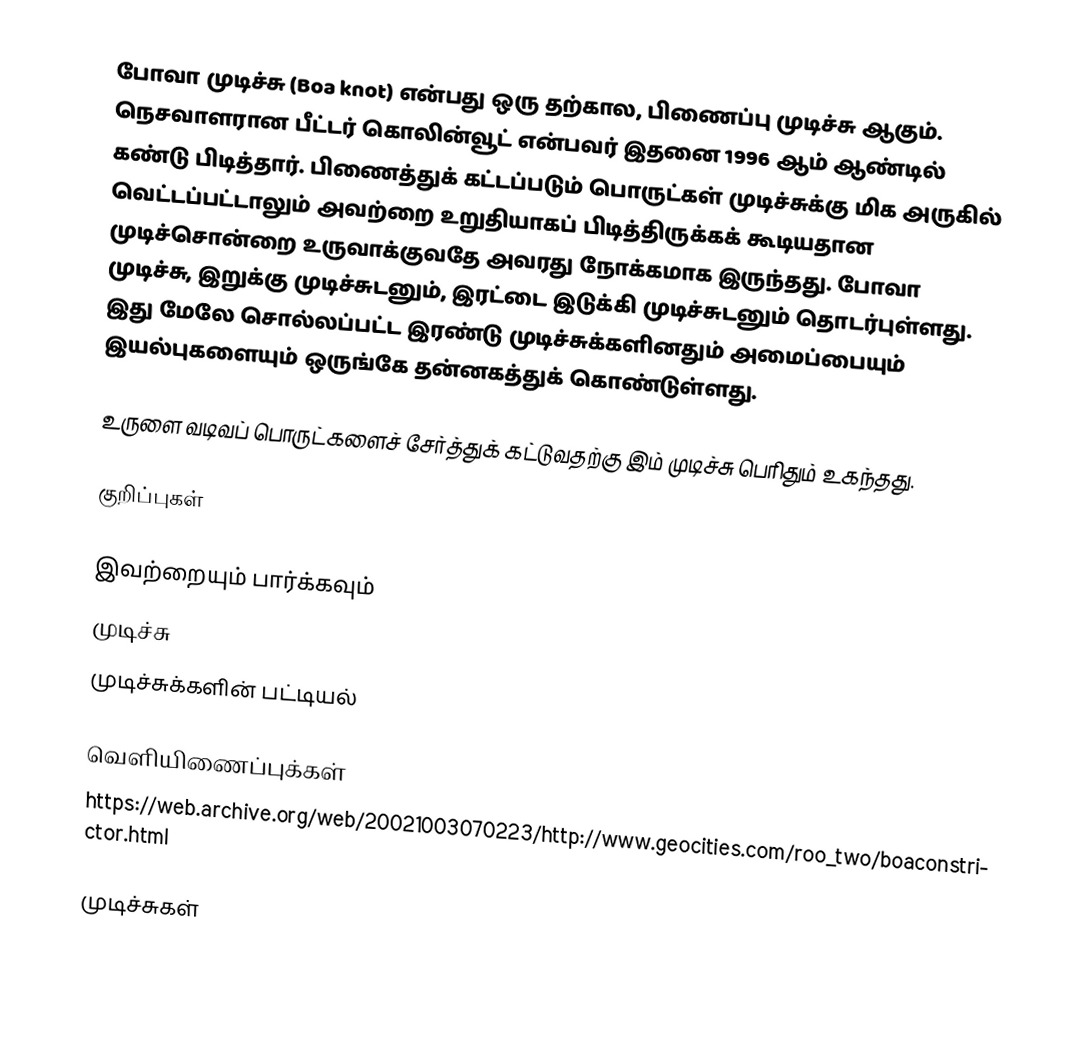
போவா முடிச்சு (Boa knot) என்பது ஒரு தற்கால, பிணைப்பு முடிச்சு ஆகும். நெசவாளரான பீட்டர் கொலின்வூட் என்பவர் இதனை 1996 ஆம் ஆண்டில் கண்டு பிடித்தார். பிணைத்துக் கட்டப்படும் பொருட்கள் முடிச்சுக்கு மிக அருகில் வெட்டப்பட்டாலும் அவற்றை உறுதியாகப் பிடித்திருக்கக் கூடியதான முடிச்சொன்றை உருவாக்குவதே அவரது நோக்கமாக இருந்தது. போவா முடிச்சு, இறுக்கு முடிச்சுடனும், இரட்டை இடுக்கி முடிச்சுடனும் தொடர்புள்ளது. இது மேலே சொல்லப்பட்ட இரண்டு முடிச்சுக்களினதும் அமைப்பையும் இயல்புகளையும் ஒருங்கே தன்னகத்துக் கொண்டுள்ளது.

உருளை வடிவப் பொருட்களைச் சேர்த்துக் கட்டுவதற்கு இம் முடிச்சு பெரிதும் உகந்தது.

குறிப்புகள்

இவற்றையும் பார்க்கவும்
 முடிச்சு
 முடிச்சுக்களின் பட்டியல்

வெளியிணைப்புக்கள்
 https://web.archive.org/web/20021003070223/http://www.geocities.com/roo_two/boaconstrictor.html

முடிச்சுகள்